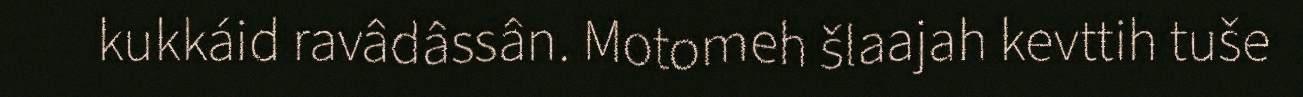
kukkáid ravâdâssân. Motomeh šlaajah kevttih tuše